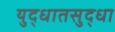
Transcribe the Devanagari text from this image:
युद्धातसुद्धा